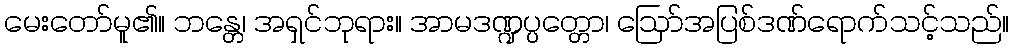
မေးတော်မူ၏။ ဘန္တေ၊ အရှင်ဘုရား။ အာမဒဏ္ဍပ္ပတ္တော၊ ဩော်အပြစ်ဒဏ်ရောက်သင့်သည်။